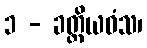
၁ - ခတ္တိယဝံသ၊